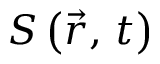
S \left( \vec { r } , \, t \right)